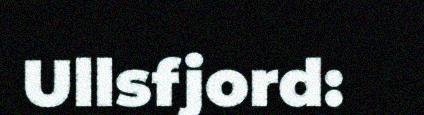
Ullsfjord: